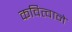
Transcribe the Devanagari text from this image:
कवित्वाने